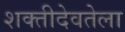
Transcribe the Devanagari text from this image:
शक्तीदेवतेला